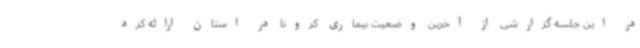
در این جلسه گزارشی از آخرین وضعیت بیماری کرونا در استان ارائه کرد